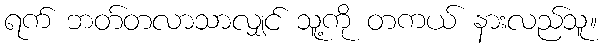
ရက် ဘတ်တလာသာလျှင် သူ့ကို တကယ် နားလည်သူ။